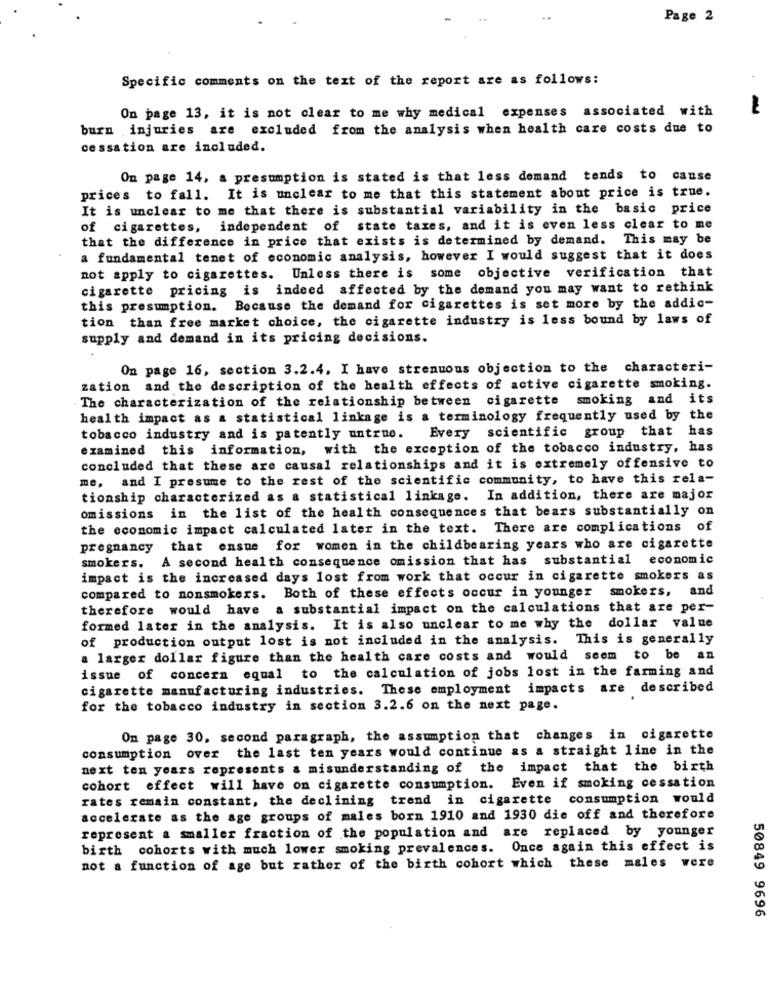
Page 2
Specific comments on the text of the report are as follows:
On page 13, it is not clear to me why medical expenses associated with
burn injuries are excluded from the analysis when health care costs due to
cessation are included.
On page 14, a presumption is stated is that less demand tends to cause
prices to fall. It is unclear to me that this statement about price is true.
It is unclear to me that there is substantial variability in the basic price
of cigarettes,
independent of state taxes, and it is even less clear to me
that the difference in price that exists is determined by demand. This may be
a fundamental tenet of economic analysis, however I would suggest that it does
not apply to cigarettes. Unless there is some objective verification that
cigarette pricing is indeed affected by the demand you may want to rethink
this presumption.
Because the demand for cigarettes is set more by the addic-
tion than free market choice, the cigarette industry is less bound by laws of
supply and demand in its pricing decisions.
On page 16, section 3.2.4. I have strenuous objection to the characteri-
zation and the description of the health effects of active cigarette smoking.
The characterization of the relationship between cigarette smoking and its
health impact as a statistical linkage is a terminology frequently used by the
tobacco industry and is patently untrue. Every scientific group that has
examined this information, with the exception of the tobacco industry, has
concluded that these are causal relationships and it is extremely offensive to
me, and I presume to the rest of the scientific community, to have this rela-
tionship characterized as a statistical linkage. In addition, there are major
omissions in the list of the health consequences that bears substantially on
the economic impact calculated later in the text. There are complications of
pregnancy that ensue for women in the childbearing years who are cigarette
smokers. A second health consequence omission that has substantial economic
impact is the increased days lost from work that occur in cigarette smokers as
compared to nonsmokers. Both of these effects occur in younger smokers, and
therefore would have a substantial impact on the calculations that are per-
formed later in the analysis. It is also unclear to me why the dollar value
of production output lost is not included in the analysis. This is generally
a larger dollar figure than the health care costs and would seem to be an
issue of concern equal to the calculation of jobs lost in the farming and
cigarette manufacturing industries. These employment impacts are described
for the tobacco industry in section 3.2.6 on the next page.
On page 30, second paragraph, the assumption that changes in cigarette
consumption over the last ten years would continue as a straight line in the
next ten years represents & misunderstanding of the impact that the birth
cohort effect will have on cigarette consumption. Even if smoking cessation
rates remain constant, the declining trend in cigarette consumption would
accelerate as the age groups of males born 1910 and 1930 die off and therefore
represent a smaller fraction of the population and are replaced by younger
birth cohorts with much lower smoking prevalences. Once again this effect is
not a function of age but rather of the birth cohort which these males were
50849 9696